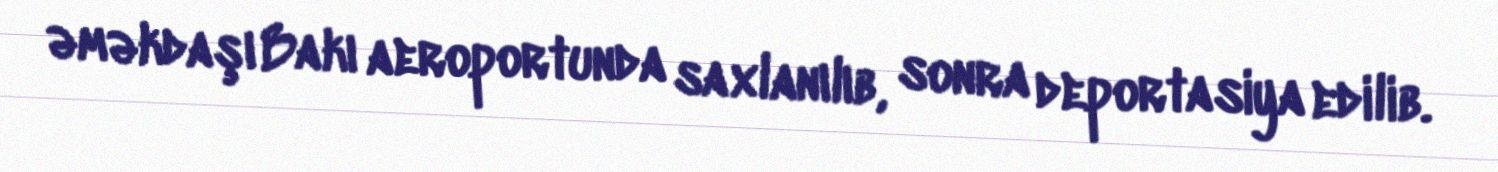
əməkdaşı Bakı aeroportunda saxlanılıb, sonra deportasiya edilib.